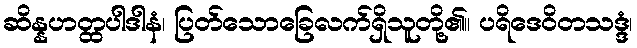
ဆိန္နဟတ္ထပါဒါနံ၊ ပြတ်သောခြေလက်ရှိသူတို့၏။ ပရိဒေဝိတသဒ္ဒံ၊